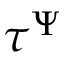
\tau ^ { \Psi }